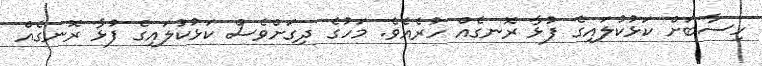
ހިސާބަށް ކަޅުކުލައިގެ ފުޅާ ރޮނގެއް ހުރެއެވެ. މަހުގެ ދިގަށްވެސް ކަޅުކުލައިގެ ފުޅާ ރޮނގެއް